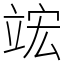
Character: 竤